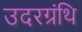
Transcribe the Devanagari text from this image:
उदरग्रंथि